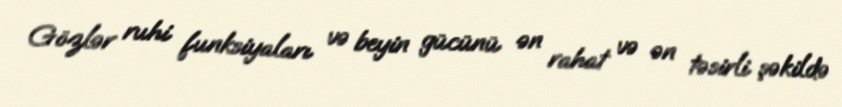
Gözlər ruhi funksiyaları və beyin gücünü ən rahat və ən təsirli şəkildə